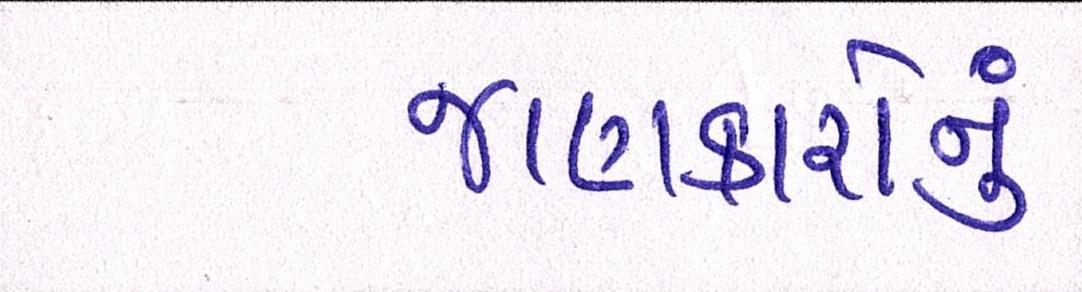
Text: જાણકારોનું